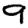
Digit: 9